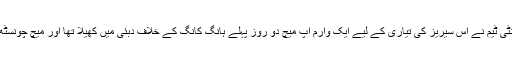
پاکستان کی ٹوئنٹی ٹوئنٹی ٹیم نے اس سیریز کی تیاری کے لیے ایک وارم اپ میچ دو روز پہلے ہانگ کانگ کے خلاف دبئی میں کھیلا تھا اور میچ چونسٹھ رنز سے جیت لیا تھا۔